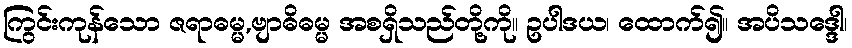
ကြွင်းကုန်သော ဇရာဓမ္မ,ဗျာဓိဓမ္မ အစရှိသည်တို့ကို။ ဥပါဒယ၊ ထောက်၍။ အပိသဒ္ဒေါ၊